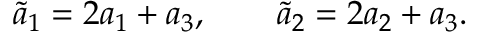
\tilde { a } _ { 1 } = 2 a _ { 1 } + a _ { 3 } , \qquad \tilde { a } _ { 2 } = 2 a _ { 2 } + a _ { 3 } .